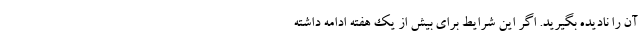
آن را نادیده بگیرید. اگر این شرایط برای بیش از یک هفته ادامه داشته